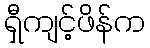
ရှီကျင့်ဖိန်က